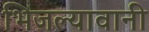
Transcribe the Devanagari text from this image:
भिजल्यावानी